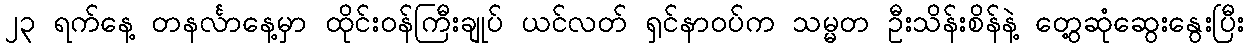
၂၃ ရက်နေ့ တနင်္လာနေ့မှာ ထိုင်းဝန်ကြီးချုပ် ယင်လတ် ရှင်နာဝပ်က သမ္မတ ဦးသိန်းစိန်နဲ့ တွေ့ဆုံဆွေးနွေးပြီး